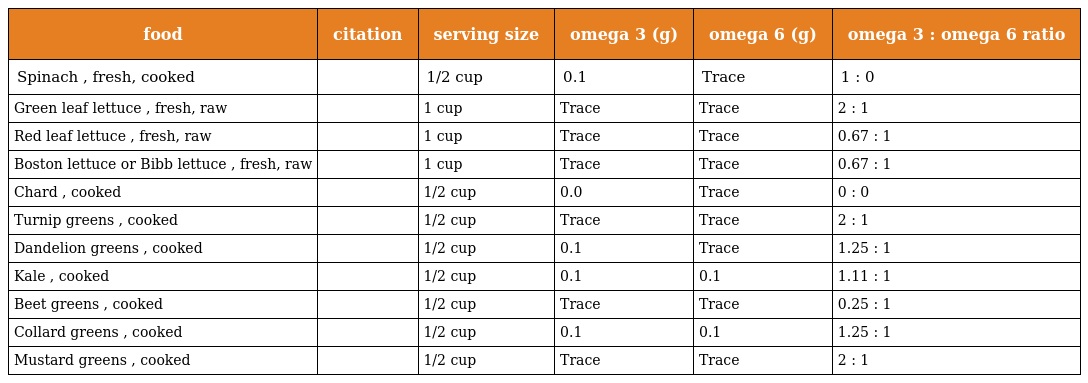
| food | citation | serving size | omega 3 (g) | omega 6 (g) | omega 3 : omega 6 ratio |
 | --- | --- | --- | --- | --- | --- |
 | Spinach , fresh, cooked |  | 1/2 cup | 0.1 | Trace | 1 : 0 |
 | Green leaf lettuce , fresh, raw |  | 1 cup | Trace | Trace | 2 : 1 |
 | Red leaf lettuce , fresh, raw |  | 1 cup | Trace | Trace | 0.67 : 1 |
 | Boston lettuce or Bibb lettuce , fresh, raw |  | 1 cup | Trace | Trace | 0.67 : 1 |
 | Chard , cooked |  | 1/2 cup | 0.0 | Trace | 0 : 0 |
 | Turnip greens , cooked |  | 1/2 cup | Trace | Trace | 2 : 1 |
 | Dandelion greens , cooked |  | 1/2 cup | 0.1 | Trace | 1.25 : 1 |
 | Kale , cooked |  | 1/2 cup | 0.1 | 0.1 | 1.11 : 1 |
 | Beet greens , cooked |  | 1/2 cup | Trace | Trace | 0.25 : 1 |
 | Collard greens , cooked |  | 1/2 cup | 0.1 | 0.1 | 1.25 : 1 |
 | Mustard greens , cooked |  | 1/2 cup | Trace | Trace | 2 : 1 |